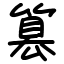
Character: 篡